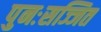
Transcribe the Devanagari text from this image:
पुनःसज्जित